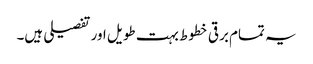
یہ تمام برقی خطوط بہت طویل اور تفصیلی ہیں۔